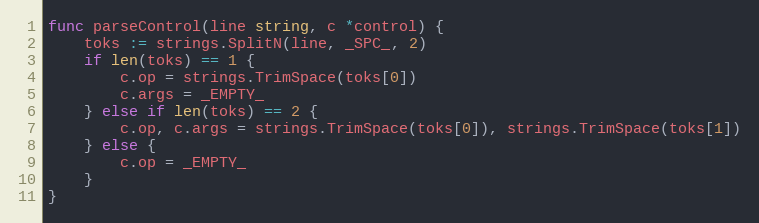
Language: Go
func parseControl(line string, c *control) {
	toks := strings.SplitN(line, _SPC_, 2)
	if len(toks) == 1 {
		c.op = strings.TrimSpace(toks[0])
		c.args = _EMPTY_
	} else if len(toks) == 2 {
		c.op, c.args = strings.TrimSpace(toks[0]), strings.TrimSpace(toks[1])
	} else {
		c.op = _EMPTY_
	}
}